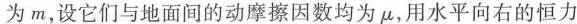
为m，设它们与地面间的动摩擦因数均为μ，用水平向右的恒力